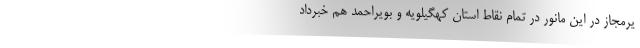
یرمجاز در این مانور در تمام نقاط استان کهگیلویه و بویراحمد هم خبرداد